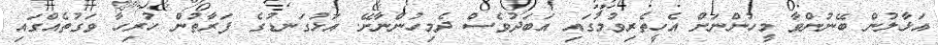
އަޅާލުން ބޭނުންވާ މީހުންނަށް އެހީތެރިވުމުގައި އަބަދުވެސް ދެމިހުންނާށޭ. އަޅުގަނޑުގެ ފަރާތުން ހުރިހާ ވަގުތެއްގައި